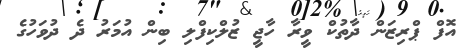
އޮފް ޕްރިޒަން ދާތުކް ވީރާ ހާޖީ ޒުލްކިފްލި ބިން އުމަރު ދެ ދުވަހުގެ